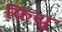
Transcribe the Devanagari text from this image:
फ़ियु